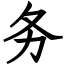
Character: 务